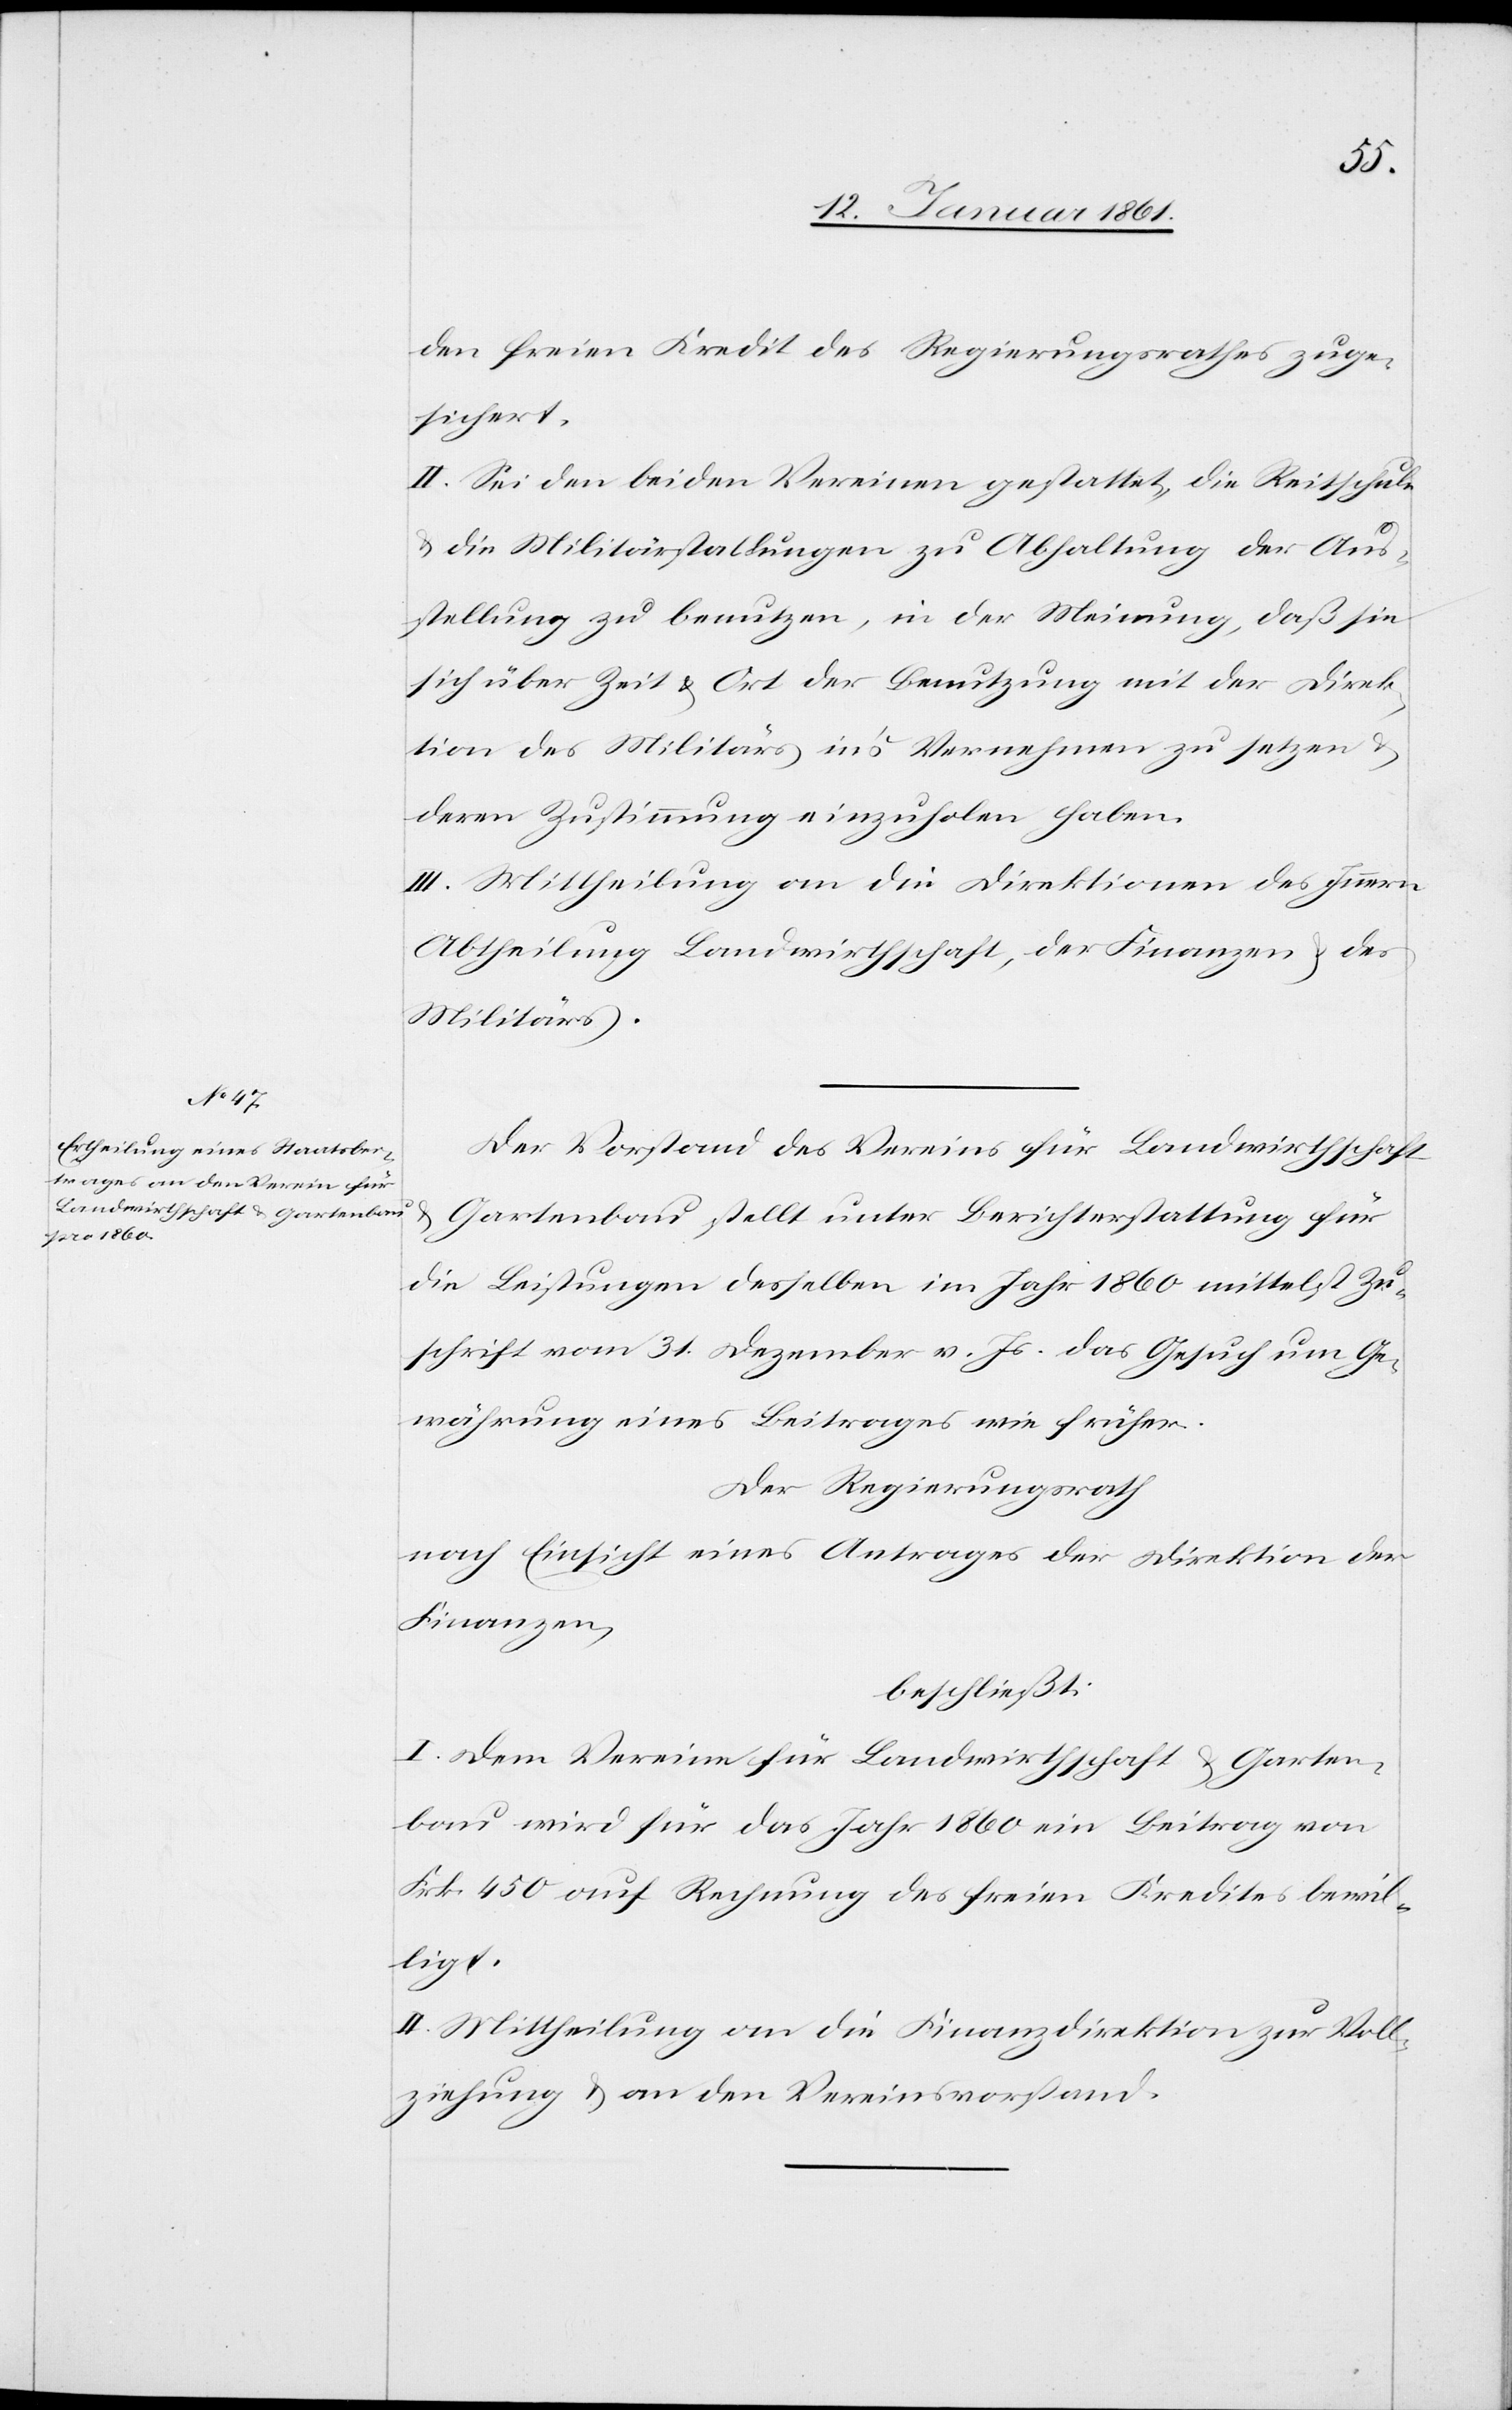
den freien Kredit des Regierungsrathes zuge¬
sichert.
II. Sei den beiden Vereinen gestattet, die Reitschule
u. die Militärstallungen zu Abhaltung der Aus¬
stellung zu benutzten, in der Meinung, daß sie
sich über Zeit u. Ort der Benutzung mit der Direk¬
tion des Militärs in’s Vernehmen zu setzen u.
deren Zustimmung einzuholen haben.
III. Mittheilung an die Direktionen des Innern
Abtheilung Landwirthschaft, der Finanzen u. des
Militärs.
Der Vorstand des Vereins für Landwirthschaft
u. Gartenbau, stellt unter Berichterstattung für
die Leistungen desselben im Jahr 1860 mittelst Zu¬
schrift vom 31. Dezember v. Js. das Gesuch um Ge¬
währung eines Beitrages wie früher.
Der Regierungsrath
nach Einsicht eines Antrages der Direktion der
Finanzen,
beschließt:
I. Dem Verein für Landwirthschaft u. Garten¬
bau wird für das Jahr 1860 ein Beitrag von
Frk. 450 auf Rechnung des freien Kredites bewil¬
ligt.
II. Mittheilung an die Finanzdirektion zur Voll¬
ziehung u. an den Vereinsvorstand.